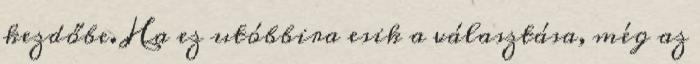
kezdőbe. Ha ez utóbbira esik a választása, még az